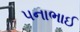
પનાભાઈ